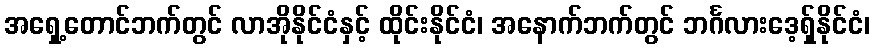
အရှေ့တောင်ဘက်တွင် လာအိုနိုင်ငံနှင့် ထိုင်းနိုင်ငံ၊ အနောက်ဘက်တွင် ဘင်္ဂလားဒေ့ရှ်နိုင်ငံ၊